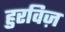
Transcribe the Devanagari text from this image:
हुरविज़